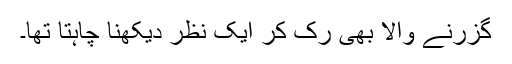
گزرنے والا بھی رک کر ایک نظر دیکھنا چاہتا تھا۔